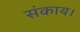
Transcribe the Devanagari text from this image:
संकाय।